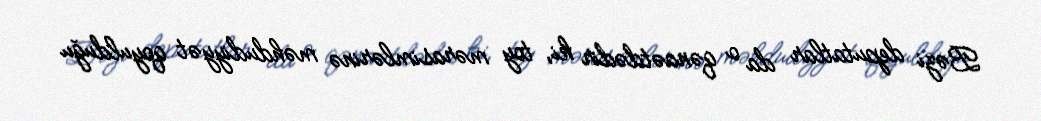
Bəzi deputatlar da o qənaətdədir ki, toy mərasimlərinə məhdudiyyət qoyulduğu